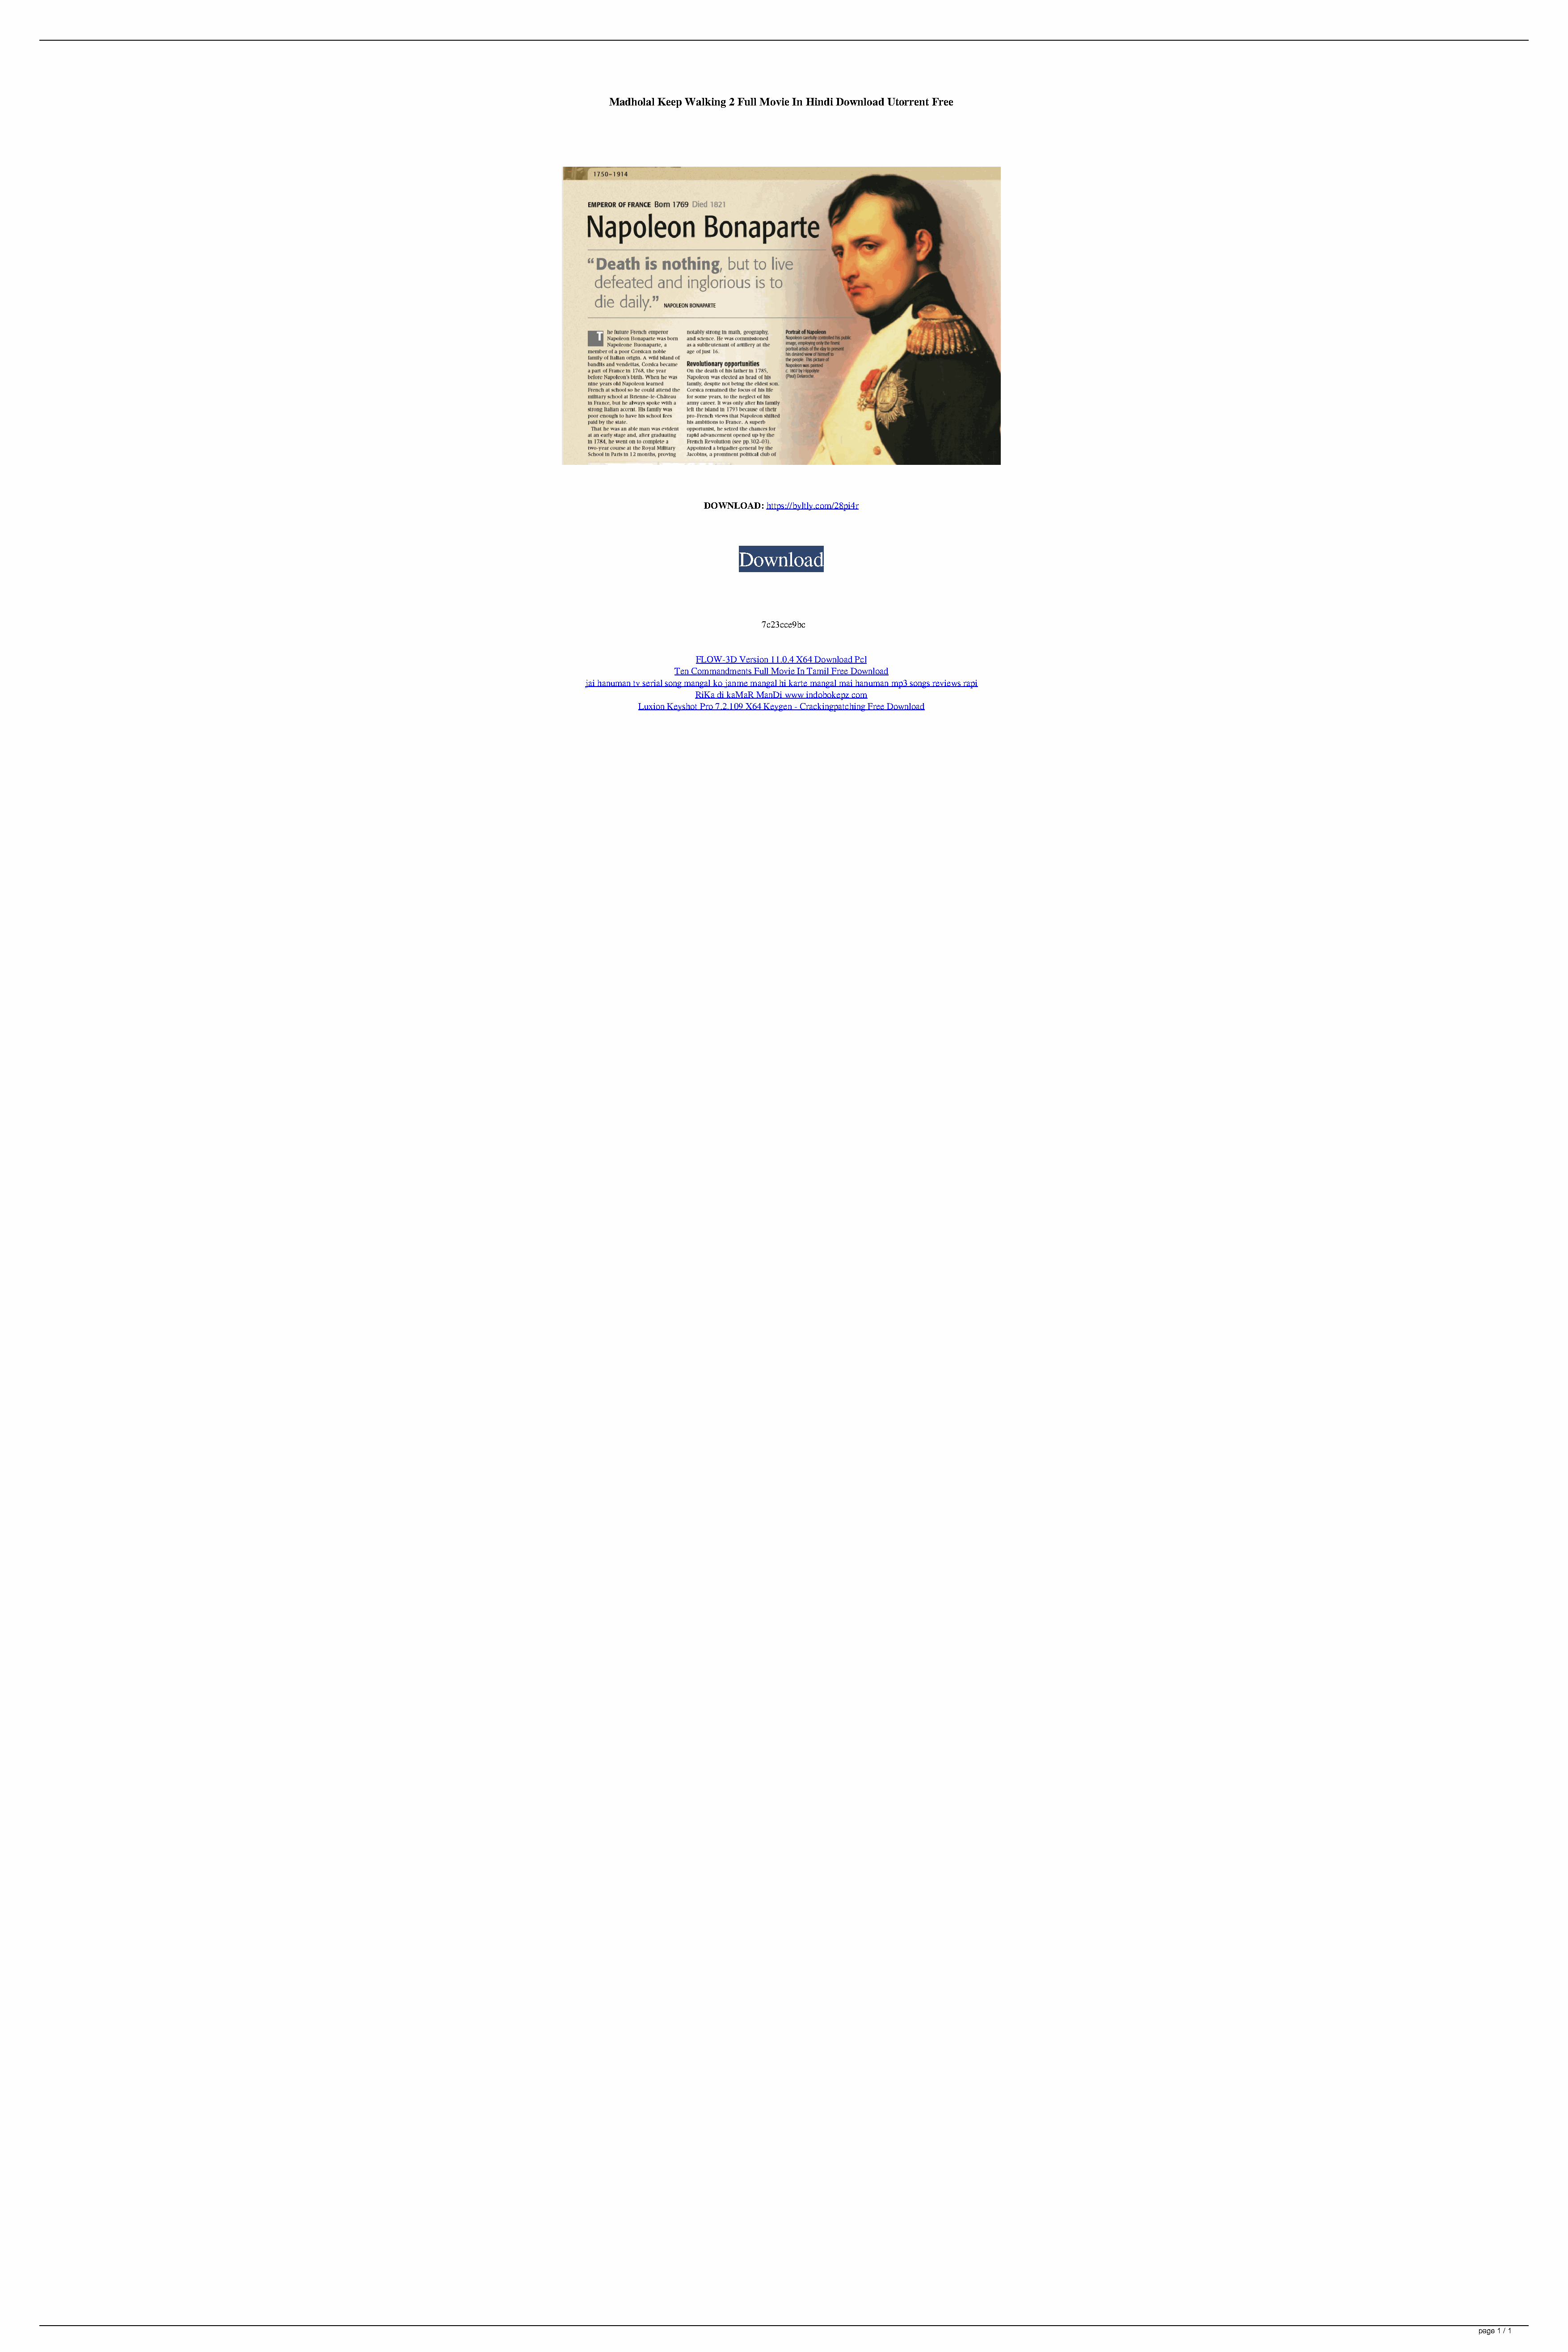
Madholal Keep Walking 2 Full Movie In Hindi Download Utorrent Free
 DOWNLOAD: https://byltly.com/28pi4r
 Download
 7c23cce9bc
 FLOW-3D Version 11.0.4 X64 Download Pcl
 Ten Commandments Full Movie In Tamil Free Download
 jai hanuman tv serial song mangal ko janme mangal hi karte mangal mai hanuman mp3 songs reviews rapi
 RiKa di kaMaR ManDi www indobokepz com
 Luxion Keyshot Pro 7.2.109 X64 Keygen - Crackingpatching Free Download
 page 1 / 1
 Madholal Keep Walking 2 Full Movie In Hindi Download Utorrent Free